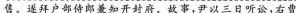
售。遂拜户部侍郎兼知开封府，故事，尹以三日听讼，右曹